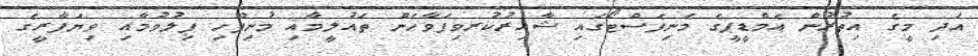
އަދި މީގެ އިތުރުން އެމްޑީޕީގެ މެނިފެސްޓޯގައި ޝާއިރުކުރވިފަވާހެން ތައުލީމާއި މުނިފޫހި ފިލުވުމާއި ވިޔަފާރީގެ